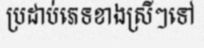
ប្រដាប់ភេទខាងស្រីៗទៅ